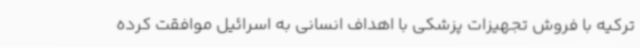
ترکیه با فروش تجهیزات پزشکی با اهداف انسانی به اسرائیل موافقت کرده